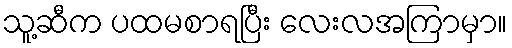
သူ့ဆီက ပထမစာရပြီး လေးလအကြာမှာ။